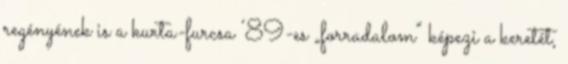
regényének is a kurta-furcsa ’89-es „forradalom” képezi a keretét,